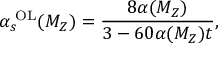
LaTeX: \alpha _ { s } ^ { \mathrm { \tiny ~ O L } } ( M _ { Z } ) = \frac { 8 \alpha ( { M _ { Z } } ) } { 3 - 6 0 \alpha ( M _ { Z } ) t } ,